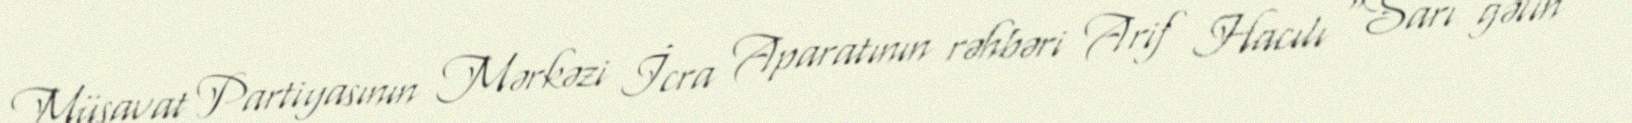
Müsavat Partiyasının Mərkəzi İcra Aparatının rəhbəri Arif Hacılı “Sarı gəlin”